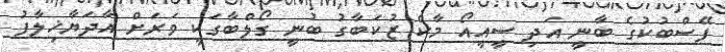
ފޭސްބުކުގެ ބާނީ އަދި ސީއީއޯ މާކް ޒުކަބާގު ބުނީ ގޯލްބާގަކީ ވަރަށް އާދަޔާޚިލާފު